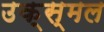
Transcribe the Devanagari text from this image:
उक्स्मल